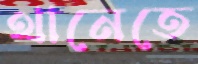
থানেতে